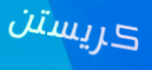
كريستن